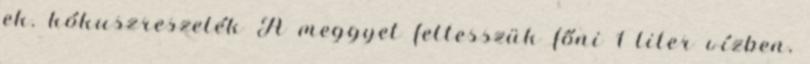
ek. kókuszreszelék A meggyet feltesszük főni 1 liter vízben,